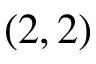
( 2 , 2 )